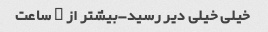
خیلی خیلی دیر رسید-بیشتر از ۲ ساعت